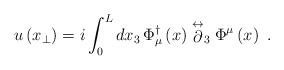
LaTeX: \begin{align*}u \left(x_{\perp}\right) = i \int_{0}^{L} dx_{3}\, \Phi^{\dagger}_{\mu}\left(x\right)\stackrel{\leftrightarrow}{\partial}_{3} \Phi^{\mu}\left(x\right) \ .\end{align*}